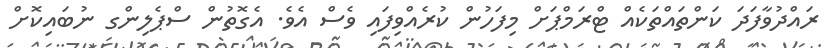
ރައްދުވާފަދަ ކަންތައްތަކެއް ޓްރަމްޕަށް މިފަހުން ކުރެއްވިފައި ވެސް އެވެ. އެގޮތުން ސްޕެލިންގ ނުބައިކޮށް